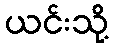
ယင်းသို့